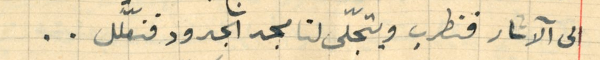
الى الآثار فنطرب ويتجلّى لنا مجد الجدود فنعّلل..